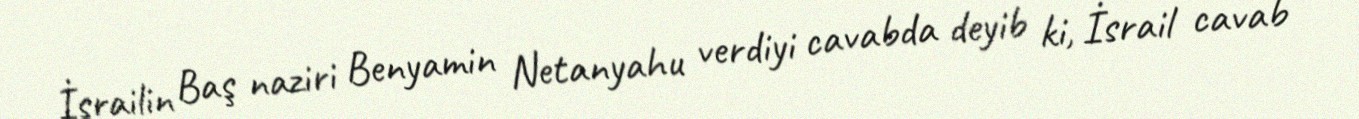
İsrailin Baş naziri Benyamin Netanyahu verdiyi cavabda deyib ki, İsrail cavab